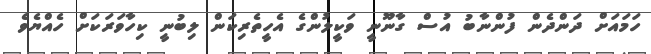
ހަމައަށް ދަންދެން ފުންނާބު އުސް ގާނޫނީ ވަކީލުންގެ އެހީތެރިކަން ލިބުނީ ކިހާވަރަކަށް ހެއްޔެވެ